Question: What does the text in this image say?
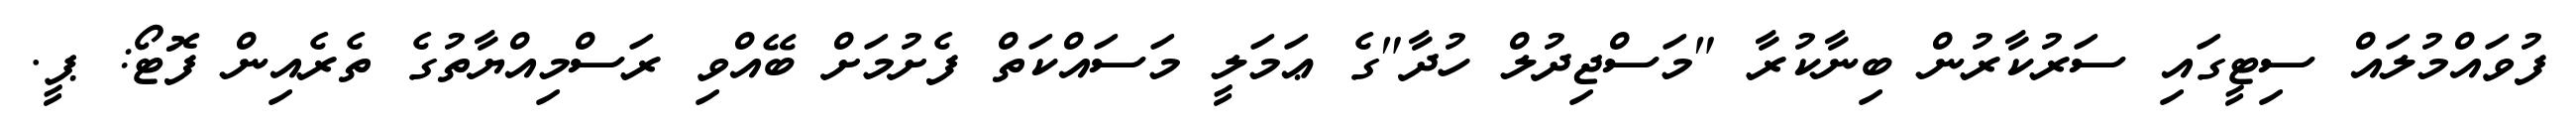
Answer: ފުވައްމުލައް ސިޓީގައި ސަރުކާރުން ބިނާކުރާ "މަސްޖިދުލް ހުދާ"ގެ ޢަމަލީ މަސައްކަތް ފެށުމަށް ބޭއްވި ރަސްމިއްޔާތުގެ ތެރެއިން ފޮޓޯ: ޕީ.